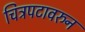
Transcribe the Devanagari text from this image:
चित्रपटावरुन